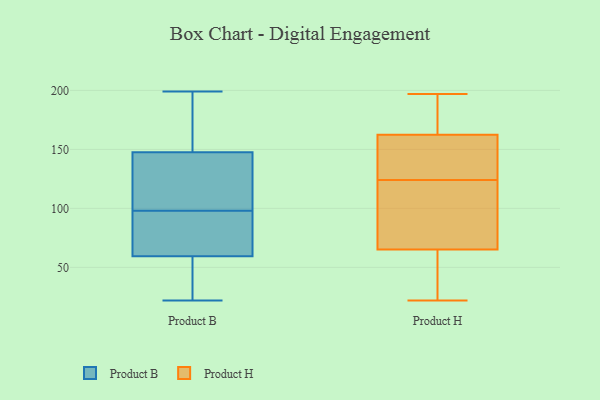
{"axis": {"x": "Satisfaction Score", "y": "Value"}, "legend": ["Product B", "Product H"], "data": [{"x": "", "y": 65, "type": "Product B"}, {"x": "", "y": 159, "type": "Product B"}, {"x": "", "y": 142, "type": "Product B"}, {"x": "", "y": 52, "type": "Product B"}, {"x": "", "y": 54, "type": "Product B"}, {"x": "", "y": 92, "type": "Product B"}, {"x": "", "y": 105, "type": "Product B"}, {"x": "", "y": 166, "type": "Product B"}, {"x": "", "y": 199, "type": "Product B"}, {"x": "", "y": 67, "type": "Product B"}, {"x": "", "y": 37, "type": "Product B"}, {"x": "", "y": 104, "type": "Product B"}, {"x": "", "y": 129, "type": "Product B"}, {"x": "", "y": 22, "type": "Product B"}, {"x": "", "y": 153, "type": "Product B"}, {"x": "", "y": 78, "type": "Product B"}, {"x": "", "y": 124, "type": "Product H"}, {"x": "", "y": 165, "type": "Product H"}, {"x": "", "y": 22, "type": "Product H"}, {"x": "", "y": 123, "type": "Product H"}, {"x": "", "y": 173, "type": "Product H"}, {"x": "", "y": 37, "type": "Product H"}, {"x": "", "y": 38, "type": "Product H"}, {"x": "", "y": 155, "type": "Product H"}, {"x": "", "y": 144, "type": "Product H"}, {"x": "", "y": 149, "type": "Product H"}, {"x": "", "y": 99, "type": "Product H"}, {"x": "", "y": 197, "type": "Product H"}, {"x": "", "y": 169, "type": "Product H"}, {"x": "", "y": 54, "type": "Product H"}, {"x": "", "y": 114, "type": "Product H"}]}